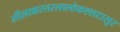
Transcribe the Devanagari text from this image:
लीलाक्षस्तरलालोकश्शटासुर